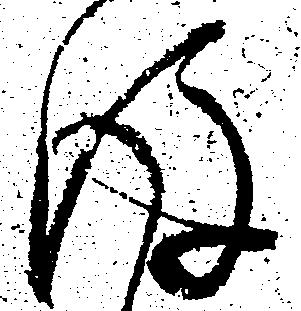
後